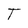
Character: T